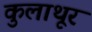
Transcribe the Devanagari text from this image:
कुलाथूर